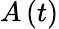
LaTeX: A\left(t\right)